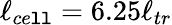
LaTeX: \ell_{ce\mathtt{l}\mathtt{l}}=6.25\ell_{tr}